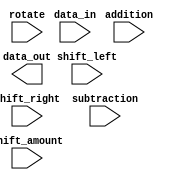
module Barrel_Shifter(
    input wire [7:0] data_in,
    input wire [2:0] shift_amount,
    input wire shift_left,
    input wire shift_right,
    input wire rotate,
    input wire addition,
    input wire subtraction,
    output reg [7:0] data_out
);

// Implementation of the Barrel Shifter
// <Add your code here>

endmodule